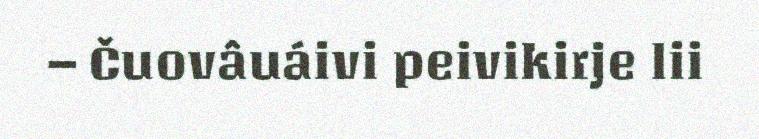
– Čuovâuáivi peivikirje lii